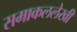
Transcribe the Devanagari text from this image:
समाकललेखी